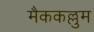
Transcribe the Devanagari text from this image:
मैककल्लुम